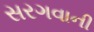
સરગવાની